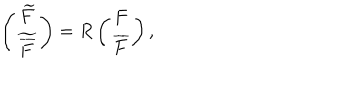
\left( \begin{array} { c c } { { \widetilde F } } \\ { { { \widetilde { \overline { { F } } } } } } \\ \end{array} \right) = R \left( \begin{array} { c c } { { F } } \\ { { { \overline { { F } } } } } \\ \end{array} \right) ,